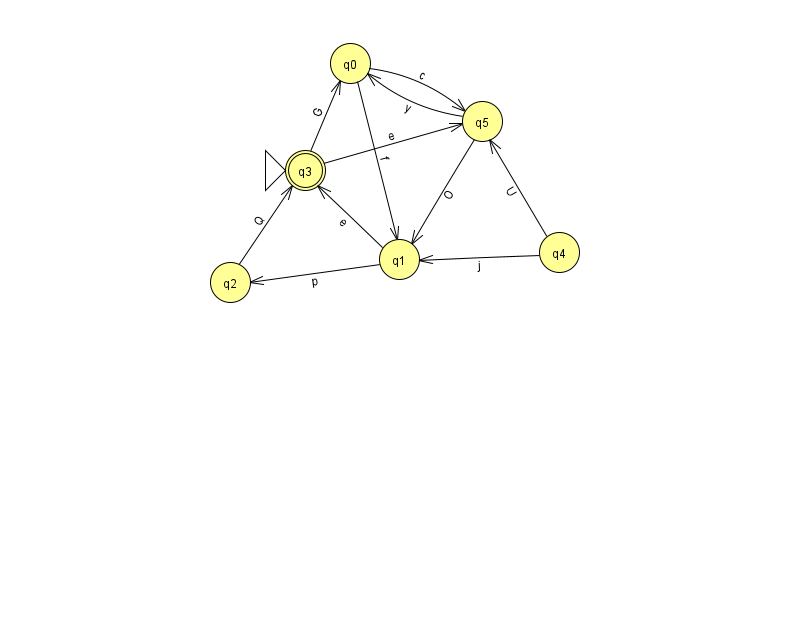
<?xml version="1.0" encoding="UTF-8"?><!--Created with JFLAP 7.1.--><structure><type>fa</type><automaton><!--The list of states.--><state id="0" name="q0"><x>350.0</x><y>50.0</y></state><state id="1" name="q1"><x>399.0</x><y>246.0</y></state><state id="2" name="q2"><x>230.0</x><y>269.0</y></state><state id="3" name="q3"><x>305.0</x><y>157.0</y><initial/><final/></state><state id="4" name="q4"><x>559.0</x><y>239.0</y></state><state id="5" name="q5"><x>482.0</x><y>108.0</y></state><!--The list of transitions.--><transition><from>0</from><to>5</to><read>c</read></transition><transition><from>4</from><to>5</to><read>U</read></transition><transition><from>0</from><to>1</to><read>f</read></transition><transition><from>3</from><to>0</to><read>G</read></transition><transition><from>3</from><to>5</to><read>e</read></transition><transition><from>1</from><to>3</to><read>e</read></transition><transition><from>2</from><to>3</to><read>Q</read></transition><transition><from>1</from><to>2</to><read>p</read></transition><transition><from>5</from><to>0</to><read>y</read></transition><transition><from>5</from><to>1</to><read>O</read></transition><transition><from>4</from><to>1</to><read>j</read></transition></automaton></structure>